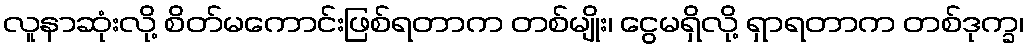
လူနာဆုံးလို့ စိတ်မကောင်းဖြစ်ရတာက တစ်မျိုး၊ ငွေမရှိလို့ ရှာရတာက တစ်ဒုက္ခ၊